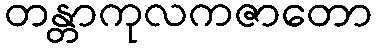
တန္တာကုလကဇာတော